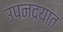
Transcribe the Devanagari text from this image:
उपनद्यांत